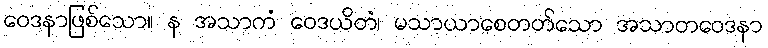
ဝေဒနာဖြစ်သော။ န အသာကံ ဝေဒယိတံ၊ မသာယာစေတတ်သော အသာတဝေဒနာ